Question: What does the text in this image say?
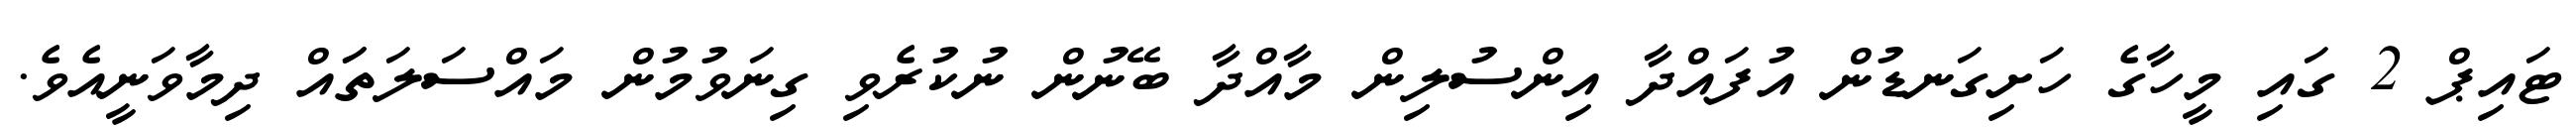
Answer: ޓައިޕް 2 ގައި މީހާގެ ހަށިގަނޑުން އުފައްދާ އިންސުލިން މާއްދާ ބޭނުން ނުކުރެވި ގިނަވުމުން މައްސަލަތަައް ދިމާވަނީއެވެ.